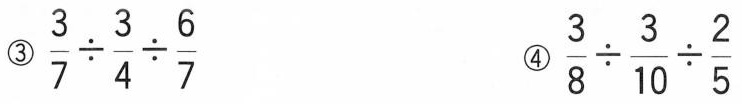
③$$\frac{3}{7}\div \frac{3}{4}\div \frac{6}{7}$$ ④$$\frac{3}{8}\div \frac{3}{10}\div \frac{2}{5}$$